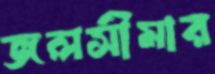
জলসীমার